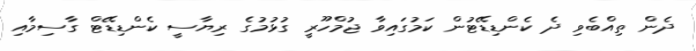
ދެން ތިއްބެވި ދެ ކެންޑިޑޭޓުން ކަމުގައިވާ ޖުމްހޫރީ ގުޅުމުގެ ރިޔާސީ ކެންޑިޑޭޓް ގާސިމާއި